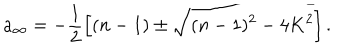
a _ { \infty } = - \frac 1 2 \left[ ( n - 1 ) \pm \sqrt { ( n - 1 ) ^ { 2 } - 4 K ^ { 2 } } \right] .